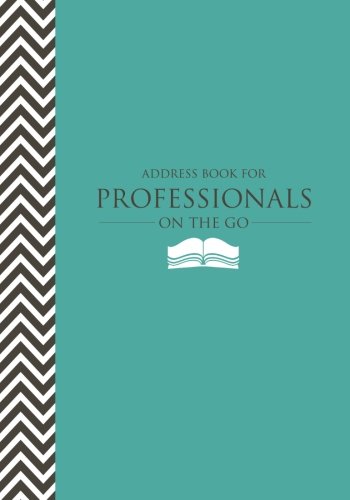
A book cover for Address Book for Professionals on the Go; Speedy Publishing LLC; Business & Money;